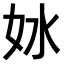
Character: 𫰖